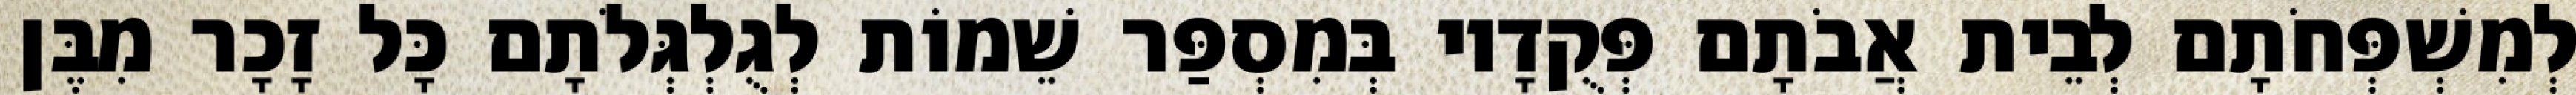
לְמִשְׁפְּחֹתָם לְבֵית אֲבֹתָם פְּקֻדָיו בְּמִסְפַּר שֵׁמוֹת לְגֻלְגְּלֹתָם כָּל זָכָר מִבֶּן